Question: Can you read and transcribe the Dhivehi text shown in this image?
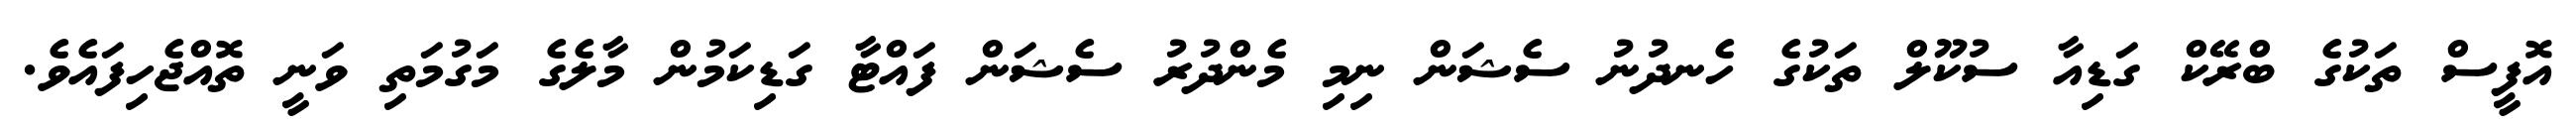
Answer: އޮފީސް ތަކުގެ ބްރޭކް ގަޑިއާ ސުކޫލް ތަކުގެ ހެނދުނު ސެޝަން ނިމި މެންދުރު ސެޝަން ފައްޓާ ގަޑިކަމުން މާލެގެ މަގުމަތި ވަނީ ތޮއްޖެހިފައެވެ.